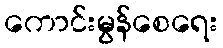
ကောင်းမွန်စေရေး